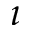
\imath